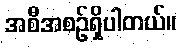
အစီအစဉ်ရှိပါတယ်။